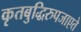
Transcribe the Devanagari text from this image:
कृतबुद्धिरुपजाएते